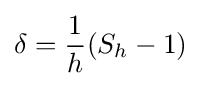
\delta ={1 \over h}(S_{h}-1)